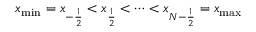
x _ { \mathrm { m i n } } = x _ { - \frac { 1 } { 2 } } < x _ { \frac { 1 } { 2 } } < \dots < x _ { N - \frac { 1 } { 2 } } = x _ { \mathrm { m a x } }